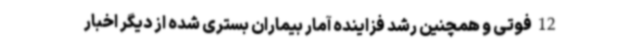
12 فوتی و همچنین رشد فزاینده آمار بیماران بستری شده از دیگر اخبار